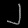
Digit: ၂